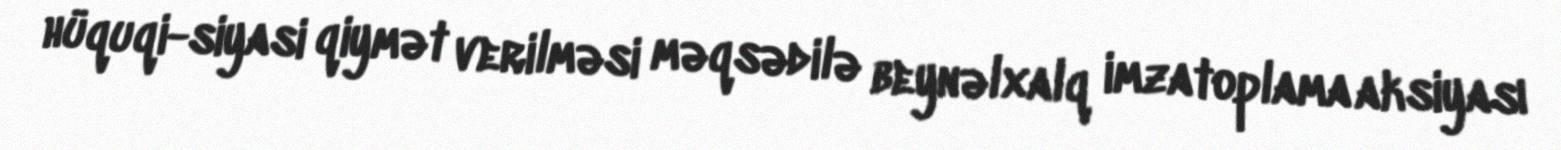
hüquqi-siyasi qiymət verilməsi məqsədilə beynəlxalq imzatoplama aksiyası